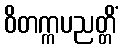
ဝိတက္ကပညတ္တိံ